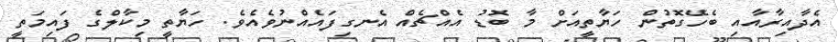
އެދާއިރާއާއި ބެހޭގޮތުން ހަޔާތީއަށް މާ ބޮޑު އެއްޗެއް އެނގިފައެއްނުވެއެވެ. ހަޔާތީ މިކާލްގެ ފައިމަތީ